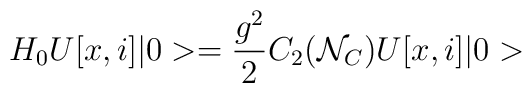
H_0U[x,i]\vert0>={g^2\over2}C_2({\cal N}_C)U[x,i]\vert0>